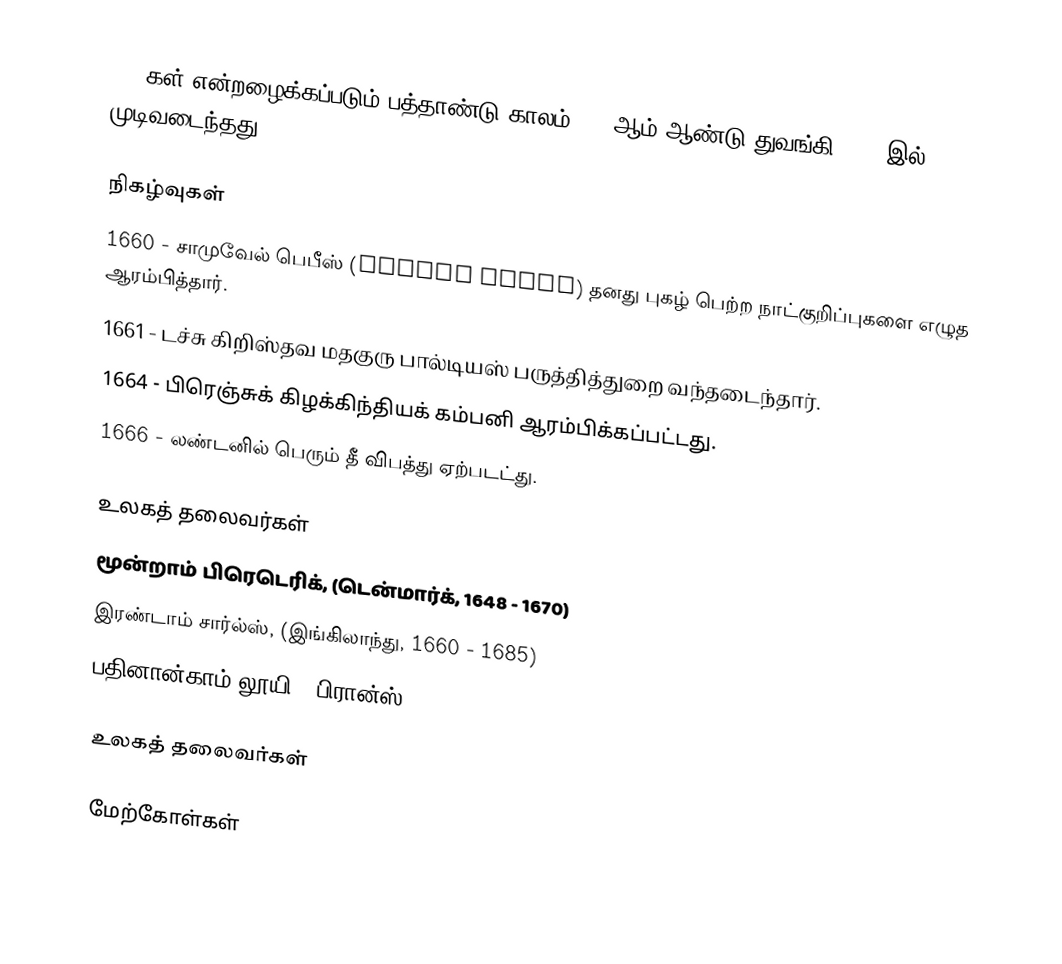
1660கள் என்றழைக்கப்படும் பத்தாண்டு காலம் 1660ஆம் ஆண்டு துவங்கி 1669-இல் முடிவடைந்தது.

நிகழ்வுகள்
 1660 - சாமுவேல் பெபீஸ் (Samuel Pepys) தனது புகழ் பெற்ற நாட்குறிப்புகளை எழுத ஆரம்பித்தார்.
 1661 - டச்சு கிறிஸ்தவ மதகுரு பால்டியஸ் பருத்தித்துறை வந்தடைந்தார்.
 1664 - பிரெஞ்சுக் கிழக்கிந்தியக் கம்பனி ஆரம்பிக்கப்பட்டது.
 1666 - லண்டனில் பெரும் தீ விபத்து ஏற்படட்து.

உலகத் தலைவர்கள்
 மூன்றாம் பிரெடெரிக், (டென்மார்க், 1648 - 1670)
 இரண்டாம் சார்ல்ஸ், (இங்கிலாந்து, 1660 - 1685)
 பதினான்காம் லூயி, (பிரான்ஸ், 1643 - 1715)

உலகத் தலைவர்கள்

மேற்கோள்கள்